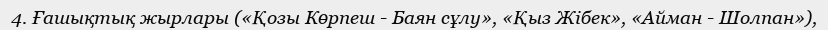
4. Ғашықтық жырлары («Қозы Көрпеш - Баян сұлу», «Қыз Жібек», «Айман - Шолпан»),